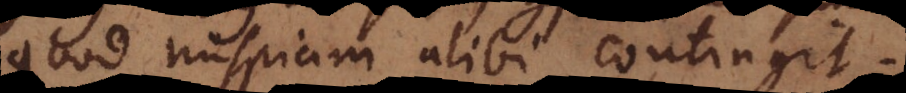
quod nuspiam alibi contingit.